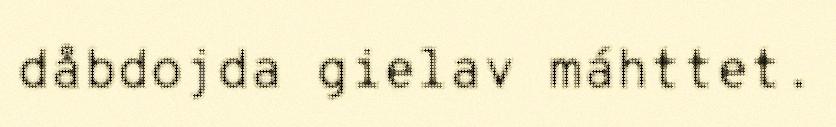
dåbdojda gielav máhttet.